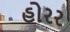
હોરર